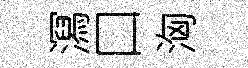
㵼口洶